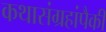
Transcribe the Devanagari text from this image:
कथासंग्रहांपैकी